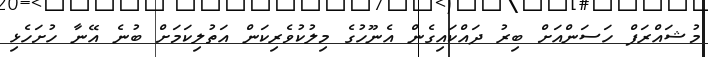
މުޝައްރަފް ހަސަންއަށް ބިރު ދައްކައިގެން އެނޫހުގެ މިލުކުވެރިކަން އަތުލިކަމަށް ބުނެ އޭނާ ހުށަހެޅި